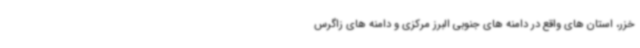
خزر، استان های واقع در دامنه های جنوبی البرز مرکزی و دامنه های زاگرس